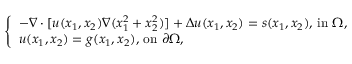
\left\{ \begin{array} { l l } { - \nabla \cdot [ u ( x _ { 1 } , x _ { 2 } ) \nabla ( x _ { 1 } ^ { 2 } + x _ { 2 } ^ { 2 } ) ] + \Delta u ( x _ { 1 } , x _ { 2 } ) = s ( x _ { 1 } , x _ { 2 } ) , \, \mathrm { i n } \, \, \Omega , } \\ { u ( x _ { 1 } , x _ { 2 } ) = g ( x _ { 1 } , x _ { 2 } ) , \, \mathrm { o n } \, \, \partial \Omega , } \end{array} \right.